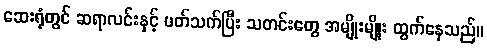
ဆေးရုံတွင် ဆရာလင်းနှင့် ပတ်သက်ပြီး သတင်းတွေ အမျိုးမျိုး ထွက်နေသည်။